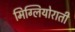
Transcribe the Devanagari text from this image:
मिग्लियोराती